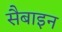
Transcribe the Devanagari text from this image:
सैबाइन